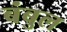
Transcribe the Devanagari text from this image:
बंबुल